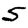
Digit: 5